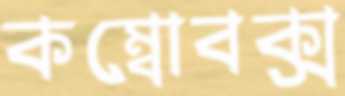
কম্বোবক্স